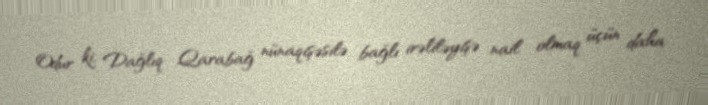
Odur ki, Dağlıq Qarabağ nünaqişəsilə bağlı irəliləyişə nail olmaq üçün daha